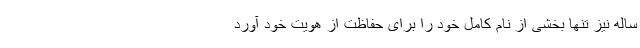
ساله نیز تنها بخشی از نام کامل خود را برای حفاظت از هویت خود آورد